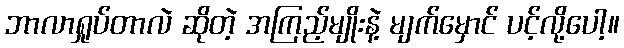
ဘာလာရှုပ်တာလဲ ဆိုတဲ့ အကြည့်မျိုးနဲ့ မျက်မှောင် ပင့်လို့ပေါ့။